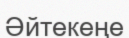
Әйтекеңе